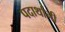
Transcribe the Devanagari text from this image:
पदार्थानी